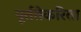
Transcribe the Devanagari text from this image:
पूर्ततेकरिता